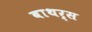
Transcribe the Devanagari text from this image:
बाथर्स